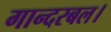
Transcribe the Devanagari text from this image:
गान्दरबल।